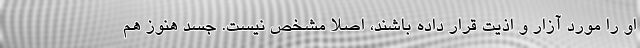
او را مورد آزار و اذیت قرار داده باشند، اصلا مشخص نیست. جسد هنوز هم